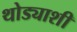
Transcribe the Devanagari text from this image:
थोड्याशी